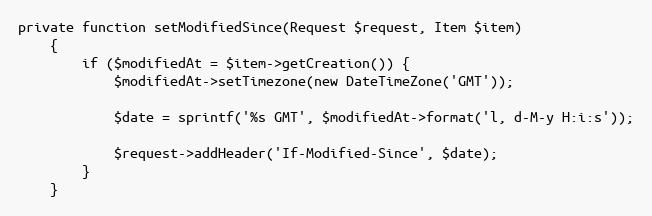
Language: PHP
private function setModifiedSince(Request $request, Item $item)
    {
        if ($modifiedAt = $item->getCreation()) {
            $modifiedAt->setTimezone(new DateTimeZone('GMT'));

            $date = sprintf('%s GMT', $modifiedAt->format('l, d-M-y H:i:s'));

            $request->addHeader('If-Modified-Since', $date);
        }
    }